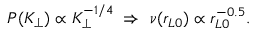
P ( K _ { \perp } ) \propto K _ { \perp } ^ { - 1 / 4 } \ \Rightarrow \ \nu ( r _ { L 0 } ) \propto r _ { L 0 } ^ { - 0 . 5 } .